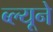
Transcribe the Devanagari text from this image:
ब्ल्यूने